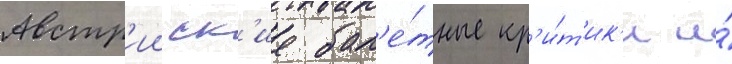
Австр'ииск'ие бал'е́тные кр'и́т'ик'и и́